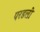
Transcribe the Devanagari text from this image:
परडली